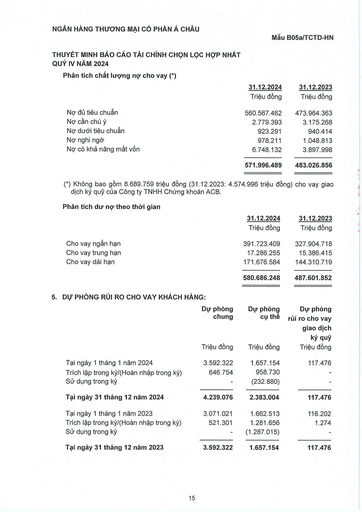
||31.12.2024|31.12.2023| |---|---|---| ||Triệu đồng|Triệu đồng| |Nợ đủ tiêu chuẩn|560.567.462|473.964.363| |Nợ cần chú ý|2.779.393|3.175.268| |Nợ dưới tiêu chuẩn|923.291|940.414| |Nợ nghi ngờ|978.211|1.048.813| |Nợ có khả năng mất vốn|6.748.132|3.897.998| ||571.996.489|483.026.856| ||31.12.2024|31.12.2023| |---|---|---| ||Triệu đồng|Triệu đồng| |Cho vay ngắn hạn|391.723.409|327.904.718| |Cho vay trung hạn|17.286.255|15.386.415| |Cho vay dài hạn|171.676.584|144.310.719| ||580.686.248|487.601.852| ||Dự phòng chung Triệu đồng|Dự phòng cụ thể Triệu đồng|Dự phòng rủi ro cho vay giao dịch ký quỹ Triệu đồng| |---|---|---|---| |Tại ngày 1 tháng 1 năm 2024|3.592.322|1.657.154|117.476| |Trích lập trong kỳ/(Hoàn nhập trong kỳ)|646.754|958.730|-| |Sử dụng trong kỳ|-|(232.880)|-| |Tại ngày 31 tháng 12 năm 2024|4.239.076|2.383.004|117.476| |Tại ngày 1 tháng 1 năm 2023|3.071.021|1.662.513|116.202| |Trích lập trong kỳ/(Hoàn nhập trong kỳ)|521.301|1.281.656|1.274| |Sử dụng trong kỳ||(1.287.015)|| |Tại ngày 31 tháng 12 năm 2023|3.592.322|1.657.154|117.476|